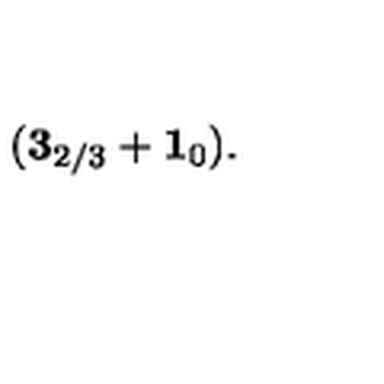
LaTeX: ( { \bf 3 } _ { 2 / 3 } + { \bf 1 } _ { 0 } ) .